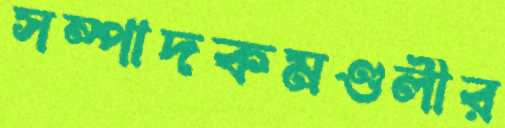
সম্পাদকমণ্ডলীর